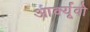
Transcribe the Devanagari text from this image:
आर्क्यूवो